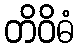
တိဝိဓံ